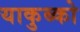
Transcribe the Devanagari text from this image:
याकुब्को